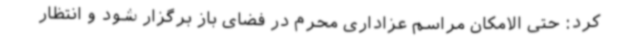
کرد: حتی الامکان مراسم عزاداری محرم در فضای باز برگزار شود و انتظار